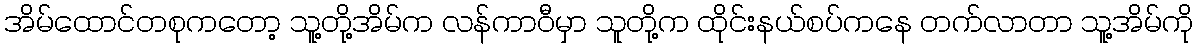
အိမ်ထောင်တစုကတော့ သူ့တို့အိမ်က လန်ကာဝီမှာ သူတို့က ထိုင်းနယ်စပ်ကနေ တက်လာတာ သူ့အိမ်ကို